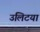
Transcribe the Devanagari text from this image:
उलिटया